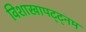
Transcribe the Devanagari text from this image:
विशाखापट्ट्नम